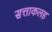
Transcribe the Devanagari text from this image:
सत्ताकलह